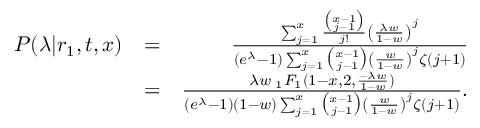
\begin{array} { r l r } { P ( \lambda | r _ { 1 } , t , x ) } & { = } & { \frac { \sum _ { j = 1 } ^ { x } \frac { \binom { x - 1 } { j - 1 } } { j ! } \left( \frac { \lambda w } { 1 - w } \right) ^ { j } } { ( e ^ { \lambda } - 1 ) \sum _ { j = 1 } ^ { x } \binom { x - 1 } { j - 1 } \left( \frac { w } { 1 - w } \right) ^ { j } \zeta ( j + 1 ) } } \\ & { = } & { \frac { \lambda w \; _ { 1 } F _ { 1 } ( 1 - x , 2 , \frac { - \lambda w } { 1 - w } ) } { ( e ^ { \lambda } - 1 ) ( 1 - w ) \sum _ { j = 1 } ^ { x } \binom { x - 1 } { j - 1 } \left( \frac { w } { 1 - w } \right) ^ { j } \zeta ( j + 1 ) } . } \end{array}